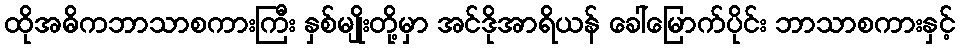
ထိုအဓိကဘာသာစကားကြီး နှစ်မျိုးတို့မှာ အင်ဒိုအာရိယန် ခေါ်မြောက်ပိုင်း ဘာသာစကားနှင့်